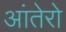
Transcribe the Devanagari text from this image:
आंतेरो